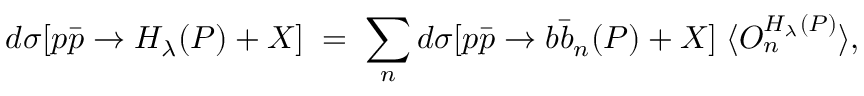
d \sigma [ p \bar { p } \to H _ { \lambda } ( P ) + X ] \; = \; \sum _ { n } d \sigma [ p \bar { p } \to b \bar { b } _ { n } ( P ) + X ] \; \langle O _ { n } ^ { H _ { \lambda } ( P ) } \rangle ,